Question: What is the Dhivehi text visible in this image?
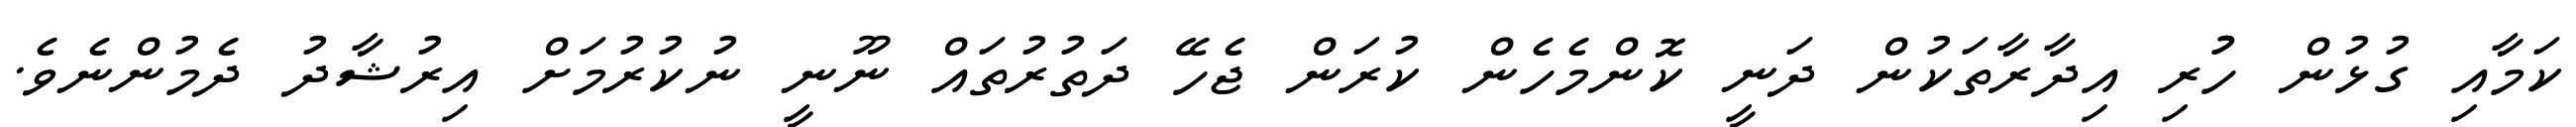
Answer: ކަމާއި ގުޅުން ހުުރި އިދާރާތަކުން ދަނީ ކޮންމެހެން ކުރަން ޖެހޭ ދަތުރުތައް ނޫނީ ނުކުރުމަށް އިރުޝާދު ދެމުންނެވެ.